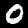
Label: 0